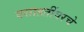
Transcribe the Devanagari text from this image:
वसाहतींवरचे